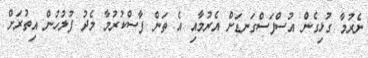
ނެރުމާ ގުޅިގެން އުސްފަސްގަނޑަށް އެރުމާއި އެ ތަން ފާސްކުރުމާ މެދު ފުލުހުން އިތުރަށް